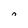
Character: n